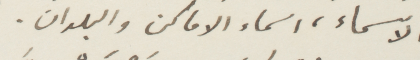
الأسماء، اسماء الاماكن والبلدان.